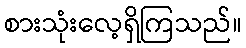
စားသုံးလေ့ရှိကြသည်။